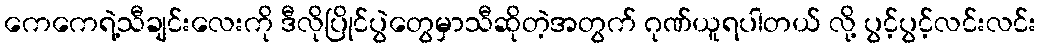
ကေကေရဲ့သီချင်းလေးကို ဒီလိုပြိုင်ပွဲတွေမှာသီဆိုတဲ့အတွက် ဂုဏ်ယူရပါတယ် လို့ ပွင့်ပွင့်လင်းလင်း